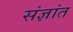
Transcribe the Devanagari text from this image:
संज्ञांत